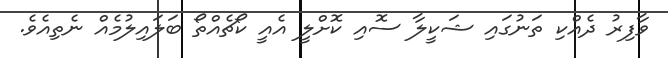
ވާފިރު ދެއްކި ތަނުގައި ޝަކީލާ ސޮއި ކޮށްލީ އެއީ ކޯޗެއްތޯ ބަލައިލުމެއް ނެތިއެވެ.